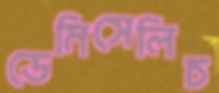
ডেমিসেলিচ